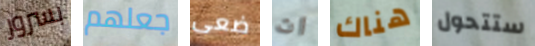
بسرور جعلهم ضعى ان هناك ستتحول